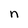
Character: n